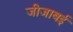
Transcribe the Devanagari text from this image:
जीजाबई